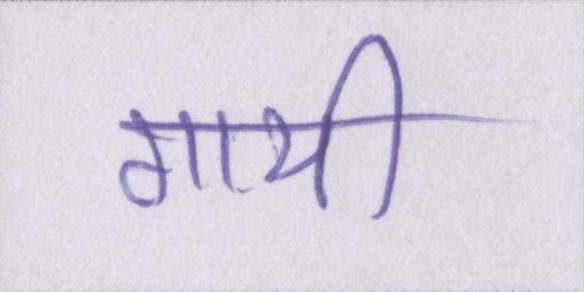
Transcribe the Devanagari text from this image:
गायी